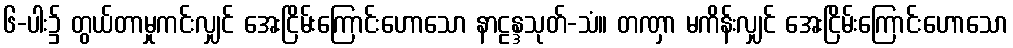
၆-ပါး၌ တွယ်တာမှုကင်းလျှင် အေးငြိမ်းကြောင်းဟောသော နာဠန္ဒသုတ်-သံ။ တဏှာ မကိန်းလျှင် အေးငြိမ်းကြောင်းဟောသော